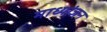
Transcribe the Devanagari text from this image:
माध्यांजन